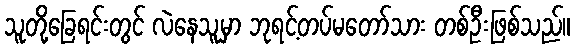
သူတို့ခြေရင်းတွင် လဲနေသူမှာ ဘုရင့်တပ်မတော်သား တစ်ဦးဖြစ်သည်။